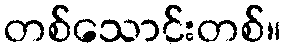
တစ်သောင်းတစ်။